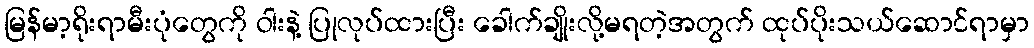
မြန်မာ့ရိုးရာမီးပုံတွေကို ဝါးနဲ့ ပြုလုပ်ထားပြီး ခေါက်ချိုးလို့မရတဲ့အတွက် ထုပ်ပိုးသယ်ဆောင်ရာမှာ